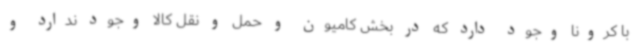
با کرونا وجود دارد که در بخش کامیون و حمل و نقل کالا وجود ندارد و